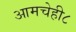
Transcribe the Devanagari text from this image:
आमचेही८